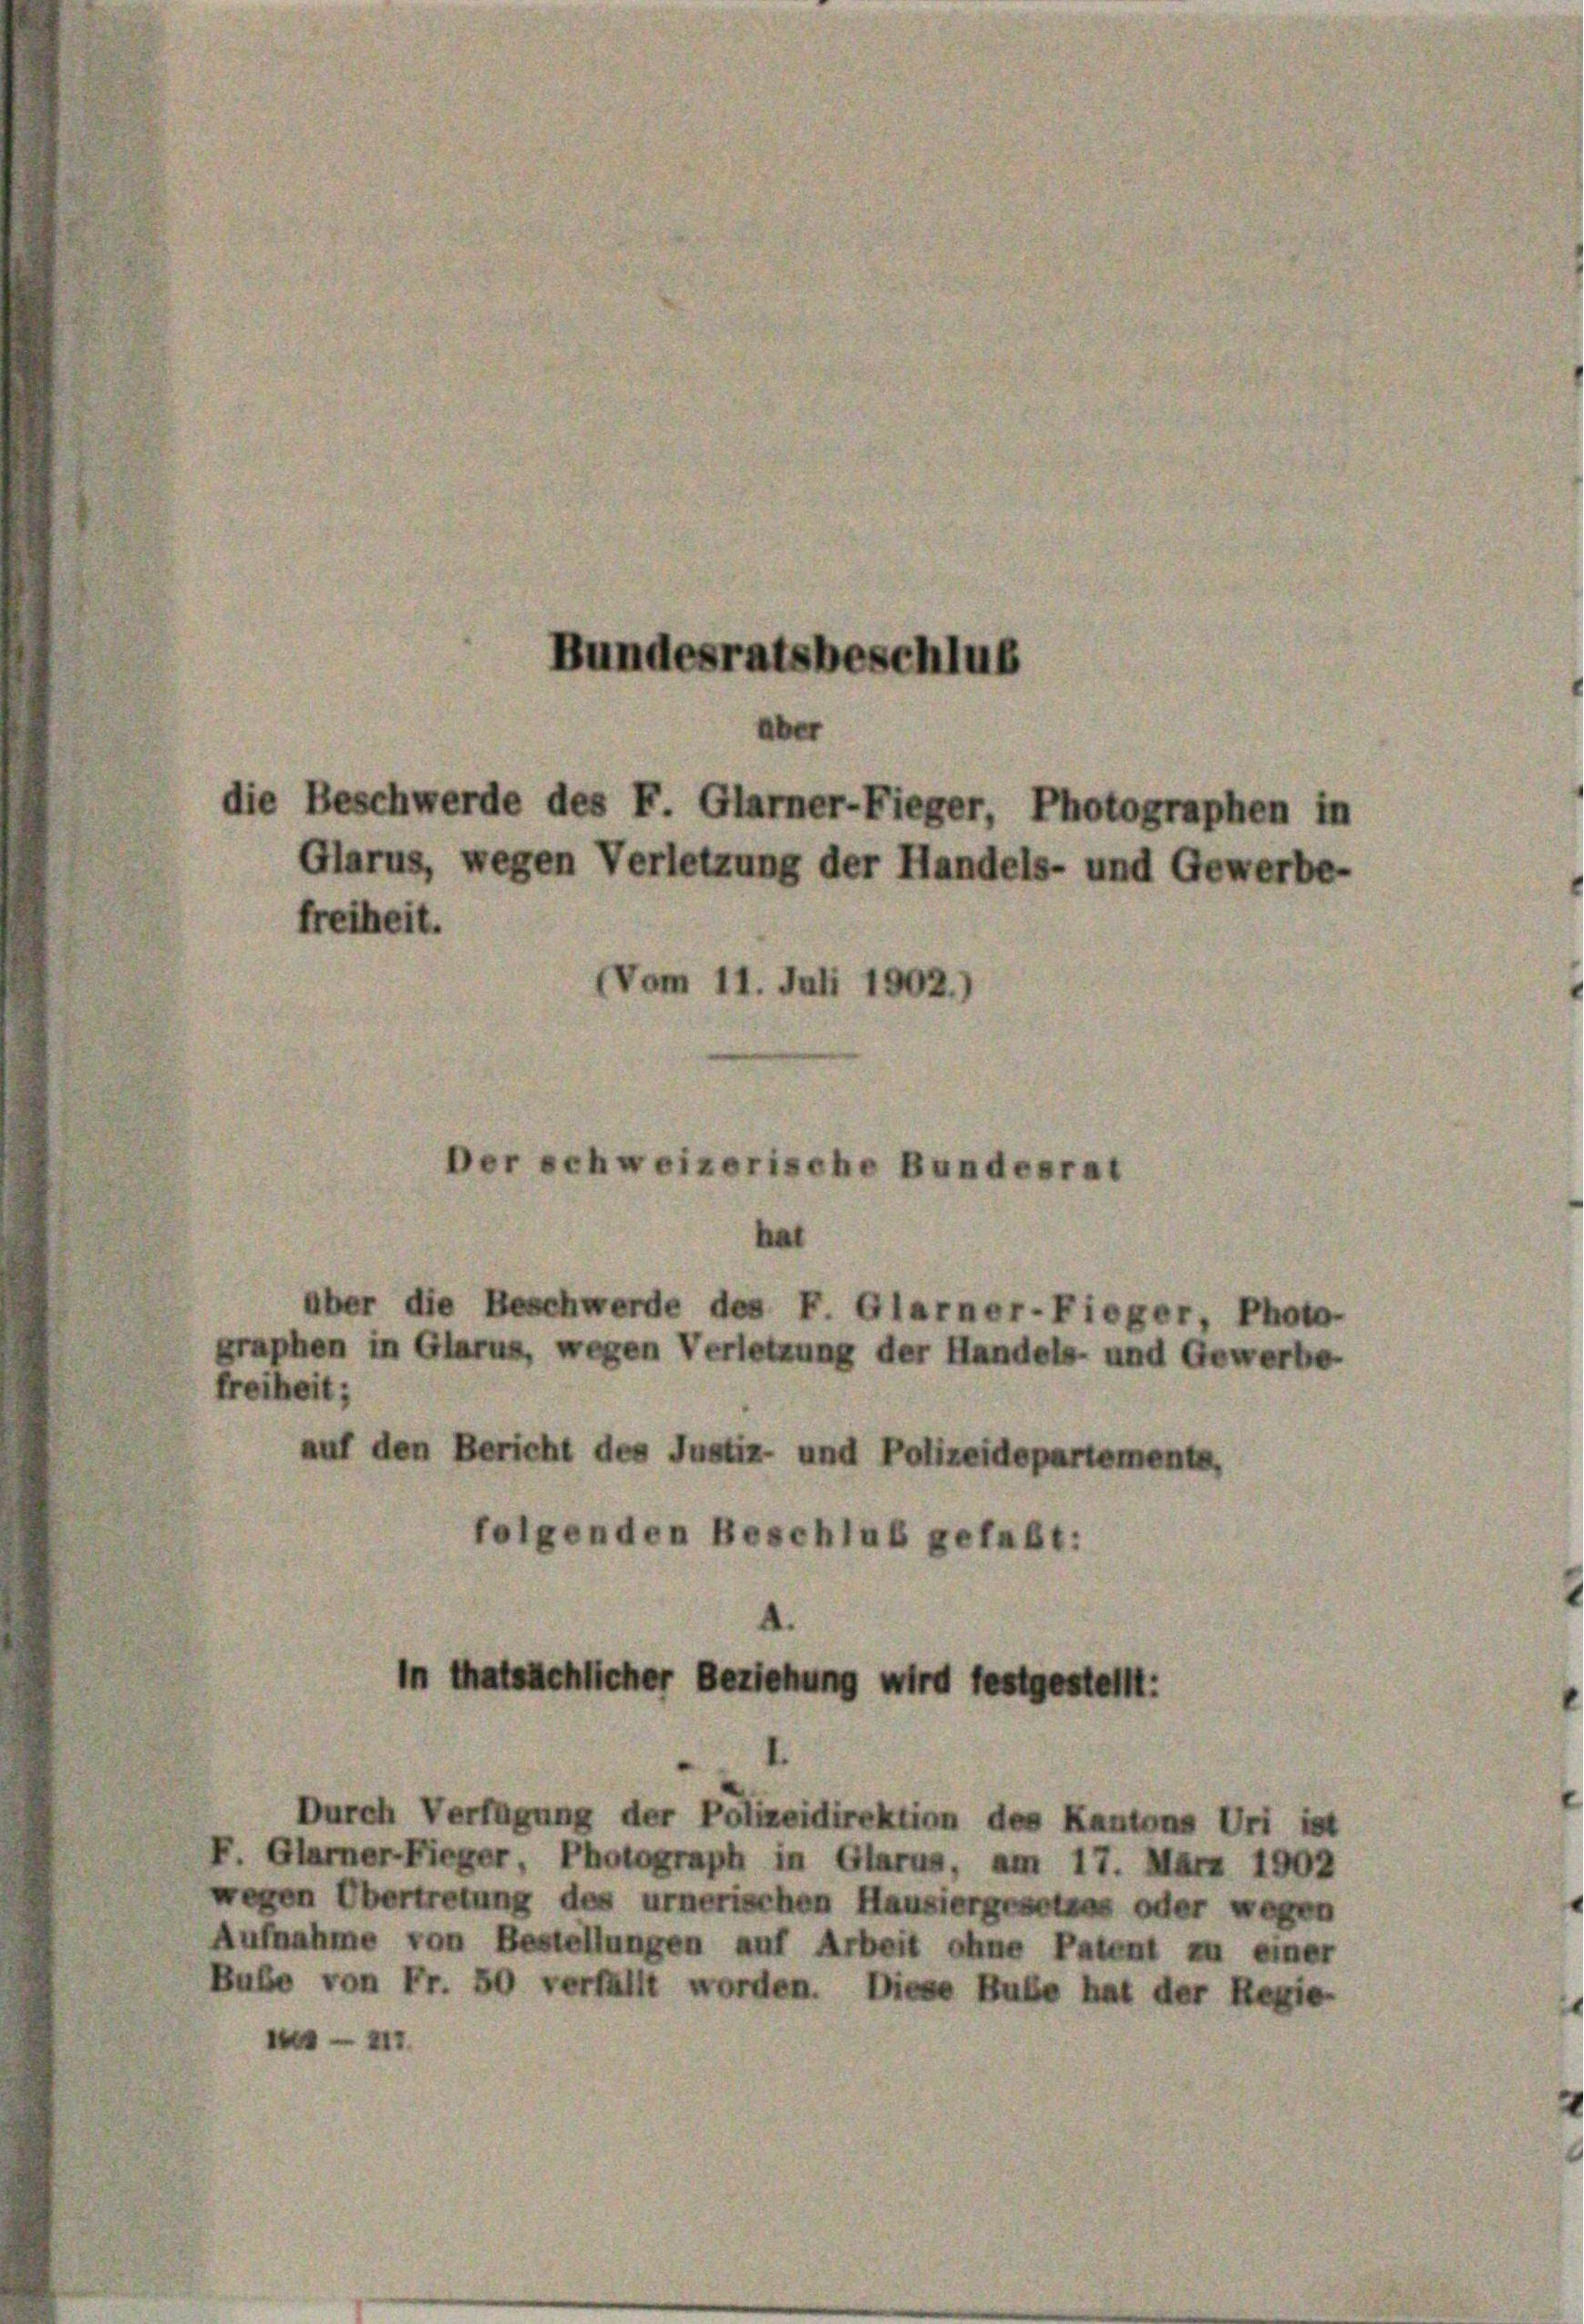
die Beschwerde des F. Glarner-Fieger, Photographen in
Glarus, wegen Verletzung der Handels- und Gewerbe-
freiheit.
(Vom 11. Juli 1902.)
Der schweizerische Bundesrat
hal
aber die Beschwerde des F. Glarner-Fieger, Photo
graphen in Glarus, wegen Verletzung der Handels- und Gewerbe
freiheit;
auf den Bericht des Justiz- und Polizeidepartements,
folgenden Beschluß gefaßt:

Bundesratsbeschluß

in thatsächlicher Beziehung wird festgestellt:

Durch Verfügung der Polizeidirektion des Kantons Uri ist
Glarner-Fieger, Photograph in Glarus, am 17. März 1902
wegen Übertretung des urnerischen Hausiergesetzes oder wegen
Aufnahme von Bestellungen auf Arbeit ohne Patent zu einer
Bube von Fr. 50 verfüllt worden. Diese Bube hat der Regie